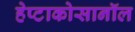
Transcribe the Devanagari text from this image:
हेप्टाकोसानॉल